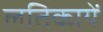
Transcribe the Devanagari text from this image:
लतिकायें